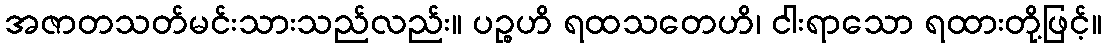
အဇာတသတ်မင်းသားသည်လည်း။ ပဉ္စဟိ ရထသတေဟိ၊ ငါးရာသော ရထားတို့ဖြင့်။